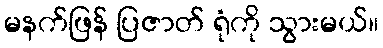
မနက်ဖြန် ပြဇာတ် ရုံကို သွားမယ်။